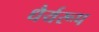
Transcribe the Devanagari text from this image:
धैर्यरूप